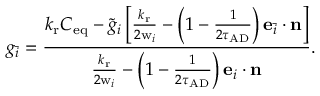
g _ { \bar { i } } = \frac { { k _ { \mathrm { r } } C _ { \mathrm { e q } } - \tilde { g } _ { i } \left[ { { \frac { k _ { \mathrm { r } } } { 2 \mathrm { w } _ { i } } } - \left( 1 - { \frac { 1 } { 2 \tau _ { \mathrm { A D } } } } \right) \mathbf { e } _ { \bar { i } } \cdot \mathbf { n } } \right] } } { { { \frac { k _ { \mathrm { r } } } { 2 \mathrm { w } _ { i } } } - \left( 1 - { \frac { 1 } { 2 \tau _ { \mathrm { A D } } } } \right) \mathbf { e } _ { i } \cdot \mathbf { n } } } .